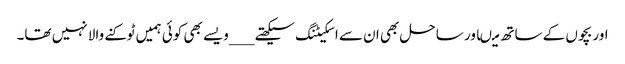
اور بچوں کے ساتھ میںاور ساحل بھی ان سے اسکیٹنگ سیکھتے ___ویسے بھی کوئی ہمیں ٹوکنے والا نہیں تھا۔